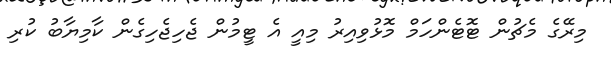
މިރޭގެ މެޗުން ޓޮޓެންހަމް މޮޅުވިއިރު މިއީ އެ ޓީމުން ޖެހިޖެހިގެން ކާމިޔާބު ކުރި